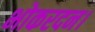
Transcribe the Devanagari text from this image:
भोकरदन।